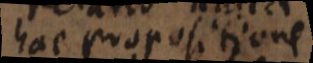
hac propositione